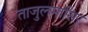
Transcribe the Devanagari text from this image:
ताजुलमासिर